Mental hospitals Bombay report 1921-28 - 1921-1928
Year: 1921
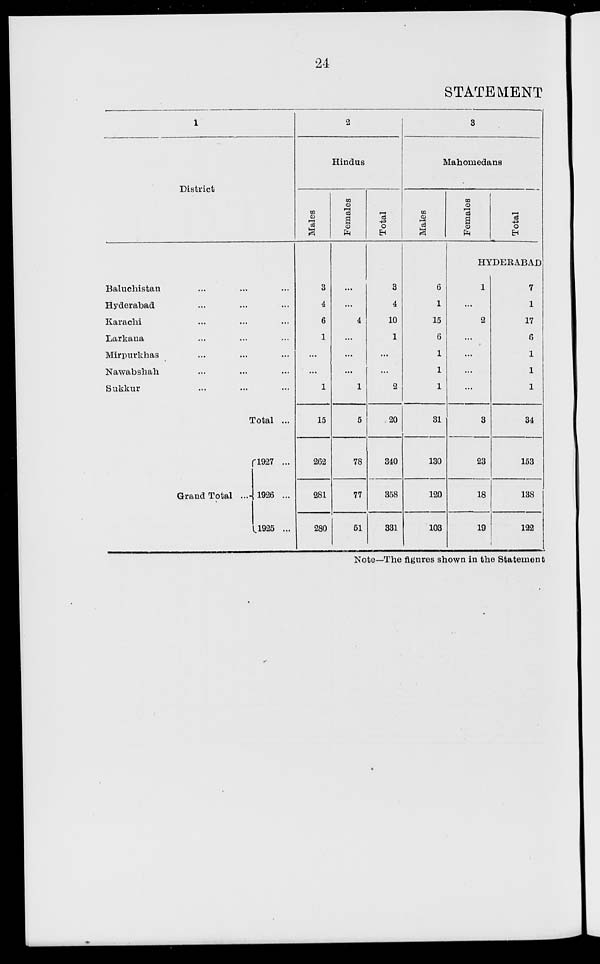
24
STATEMENT
1
District
Baluchistan ... ... ...
Hyderabad ... ... ...
Karachi ... ... ...
Larkana ... ... ...
Mirpurkhas ... ... ...
Nawabshah ... ... ...
Sukkur ... ... ...
Total ...
Grand Total ...
1927 ...
1926 ...
1925 ...
2
Hindus
Males
3
4
6
1
...
...
1
15
262
281
280
Females
...
...
4
...
...
...
1
5
78
77
51
Total
3
4
10
1
...
...
2
20
340
358
331
3
Mahomedans
Males
6
1
15
6
1
1
1
31
130
120
103
Females
Total
HYDERABAD
1
...
2
...
...
...
...
3
23
18
19
7
1
17
6
1
1
1
34
153
138
122
Note—The figures shown in the Statement